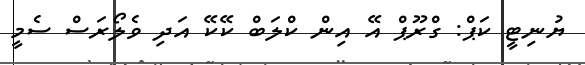
ޔުނިޓީ ކަޕް: ގްރޫޕް އޭ އިން ކްލަބް ކޭކޭ އަދި ވެލޯރަސް ސެމީ